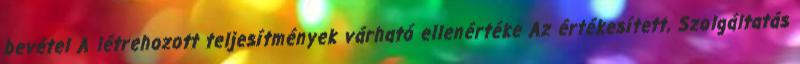
bevétel A létrehozott teljesítmények várható ellenértéke Az értékesített, Szolgáltatás